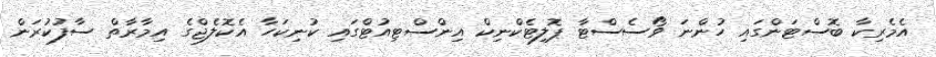
އެމެރިކާ ބޮސްޓަންގައި ހުންނަ ވޯސެސްޓާ ޕޮލިޓެކްނިކް އިންސްޓިއުޓްގައި ކުނިކަހާ އެކޮލެޖްގެ އިމާރާތް ސާފުކުރަން